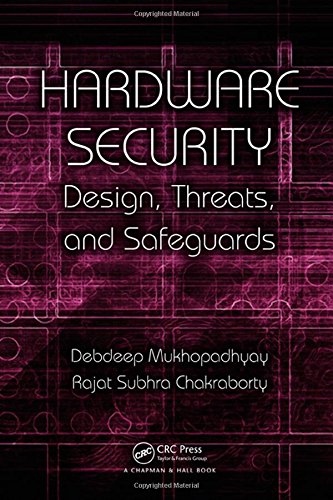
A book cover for Hardware Security: Design, Threats, and Safeguards; Debdeep Mukhopadhyay; Computers & Technology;